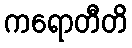
ကရောတီတိ